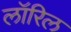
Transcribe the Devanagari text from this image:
लॉरिल